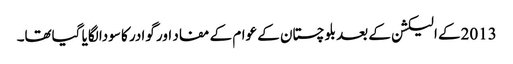
2013کے الیکشن کے بعد بلوچستان کے عوام کے مفاد اور گوادر کا سودا لگایا گیاتھا۔